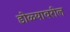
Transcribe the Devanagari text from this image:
डोळ्यावरील